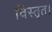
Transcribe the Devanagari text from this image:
विस्तृत।